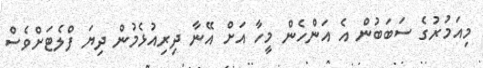
މިއަމުރުގެ ސަބަބުން އެ އަންހެން މީހާ އަށް އޭނާ ދިރިއުޅެމުން ދިޔަ ފްލެޓަށްވެސް